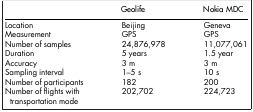
<table><thead><tr><td><b> </b></td><td><b>Geolife</b></td><td><b>Nokia MDC</b></td></tr></thead><tbody><tr><td>Location</td><td>Beijing</td><td>Geneva</td></tr><tr><td>Measurement</td><td>GPS</td><td>GPS</td></tr><tr><td>Number of samples</td><td>24,876,978</td><td>11,077,061</td></tr><tr><td>Duration</td><td>5 years</td><td>1.5 year</td></tr><tr><td>Accuracy</td><td>3 m</td><td>3 m</td></tr><tr><td>Sampling interval</td><td>1–5 s</td><td>10 s</td></tr><tr><td>Number of participants</td><td>182</td><td>200</td></tr><tr><td>Number of flights with transportation mode</td><td>202,702</td><td>224,723</td></tr></tbody></table>